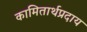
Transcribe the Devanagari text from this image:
कामितार्थप्रदाय